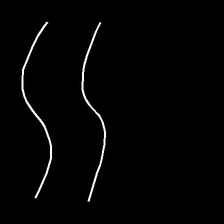
Glyph: float